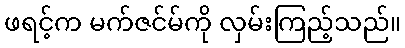
ဖရင့်က မက်ဇင်မ်ကို လှမ်းကြည့်သည်။